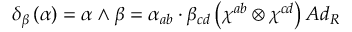
\delta _ { \beta } \left( \alpha \right) = \alpha \wedge \beta = \alpha _ { a b } \cdot \beta _ { c d } \left( \chi ^ { a b } \otimes \chi ^ { c d } \right) A d _ { R }